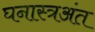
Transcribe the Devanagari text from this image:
घनास्त्रअंत